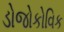
ડોજોકોવિક